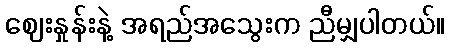
ဈေးနှုန်းနဲ့ အရည်အသွေးက ညီမျှပါတယ်။